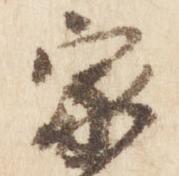
家